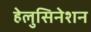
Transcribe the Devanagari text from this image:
हेलुसिनेशन